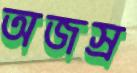
অজস্র